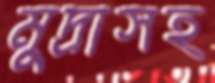
মুদ্রাসহ